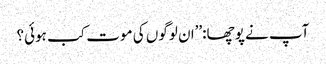
آپ نے پوچھا:’’ان لوگوں کی موت کب ہوئی؟